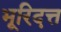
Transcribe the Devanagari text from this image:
भूरिदत्त